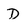
Character: D